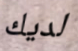
لديك